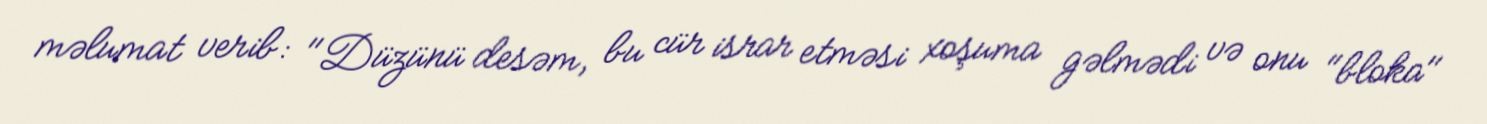
məlumat verib: "Düzünü desəm, bu cür israr etməsi xoşuma gəlmədi və onu "bloka"